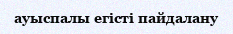
ауыспалы егісті пайдалану